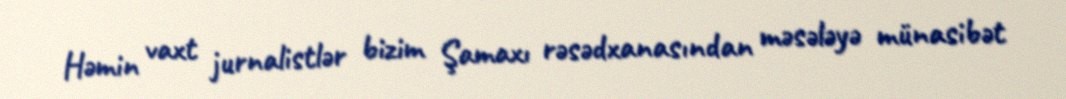
Həmin vaxt jurnalistlər bizim Şamaxı rəsədxanasından məsələyə münasibət